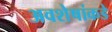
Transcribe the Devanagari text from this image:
अवशेषांकडे